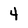
Character: 4